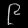
Digit: ၉